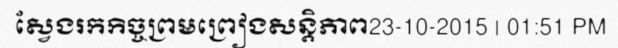
ស្វែងរកកិច្ចព្រមព្រៀងសន្តិភាព23-10-2015 | 01:51 PM